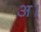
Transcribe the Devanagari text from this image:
अ।